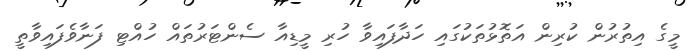
މީގެ އިތުރުން ކުރިން އަތޮޅުތަކުގައި ހަދާފައިވާ ހުރި މީޑިއާ ސެންޓަރުތައް ހުއްޓި ފަނާވެފައިވާތީ